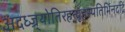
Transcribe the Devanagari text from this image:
अदध्ज्र्योतिरहन्वृहस्पतिर्भिनदद्रिं